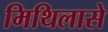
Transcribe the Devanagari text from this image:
मिथिलासे